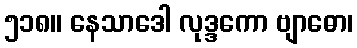
၅၁၈။ နေသာဒေါ လုဒ္ဒကော ဗျာဓော၊